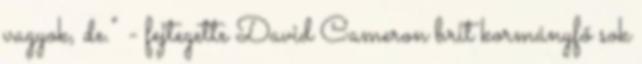
vagyok, de." - fejtegette David Cameron brit kormányfő sok